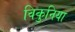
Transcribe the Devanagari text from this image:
विकुनिया